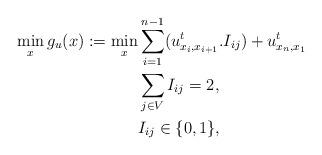
LaTeX: \begin{align*}\min_x g_u(x) := \min_x&\sum_{i=1}^{n-1} (u^t_{x_{i},x_{i+1}}.I_{ij}) + u^t_{x_{n},x_{1}}\\\,&\sum_{j\in V}I_{ij}=2,\\ &I_{ij}\in\{0,1\},\end{align*}